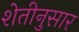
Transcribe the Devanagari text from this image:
शेतीनुसार